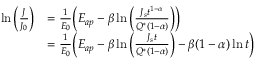
\begin{array} { r l } { \ln \Big ( \frac { J } { J _ { 0 } } \Big ) } & { = \frac { 1 } { E _ { 0 } } \Big ( E _ { a p } - \beta \ln \Big ( \frac { J _ { s } t ^ { 1 - \alpha } } { Q ^ { * } ( 1 - \alpha ) } \Big ) \Big ) } \\ & { = \frac { 1 } { E _ { 0 } } \Big ( E _ { a p } - \beta \ln \Big ( \frac { J _ { s } t } { Q ^ { * } ( 1 - \alpha ) } \Big ) - \beta ( 1 - \alpha ) \ln t \Big ) } \end{array}